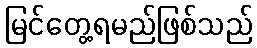
မြင်တွေ့ရမည်ဖြစ်သည်